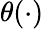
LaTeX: \theta(\cdot)